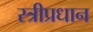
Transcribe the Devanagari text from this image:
स्त्रीप्रधान